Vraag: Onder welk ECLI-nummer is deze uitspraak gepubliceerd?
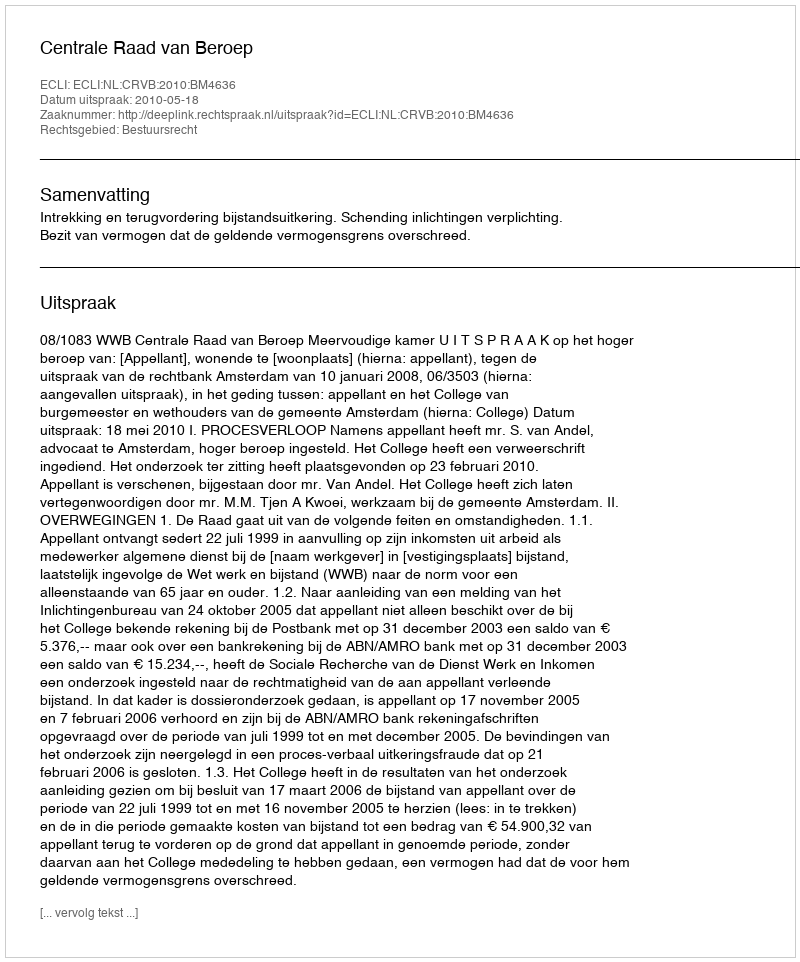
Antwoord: ECLI:NL:CRVB:2010:BM4636